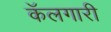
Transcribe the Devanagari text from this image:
कॅलगारी